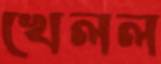
খেলল